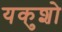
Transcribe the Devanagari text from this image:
यकुशो